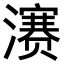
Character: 𪷱